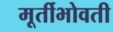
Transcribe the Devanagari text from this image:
मूर्तीभोवती